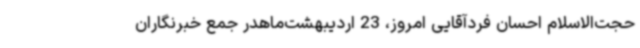
حجت‌الاسلام احسان فردآقایی امروز، 23 اردیبهشت‌ماهدر جمع خبرنگاران